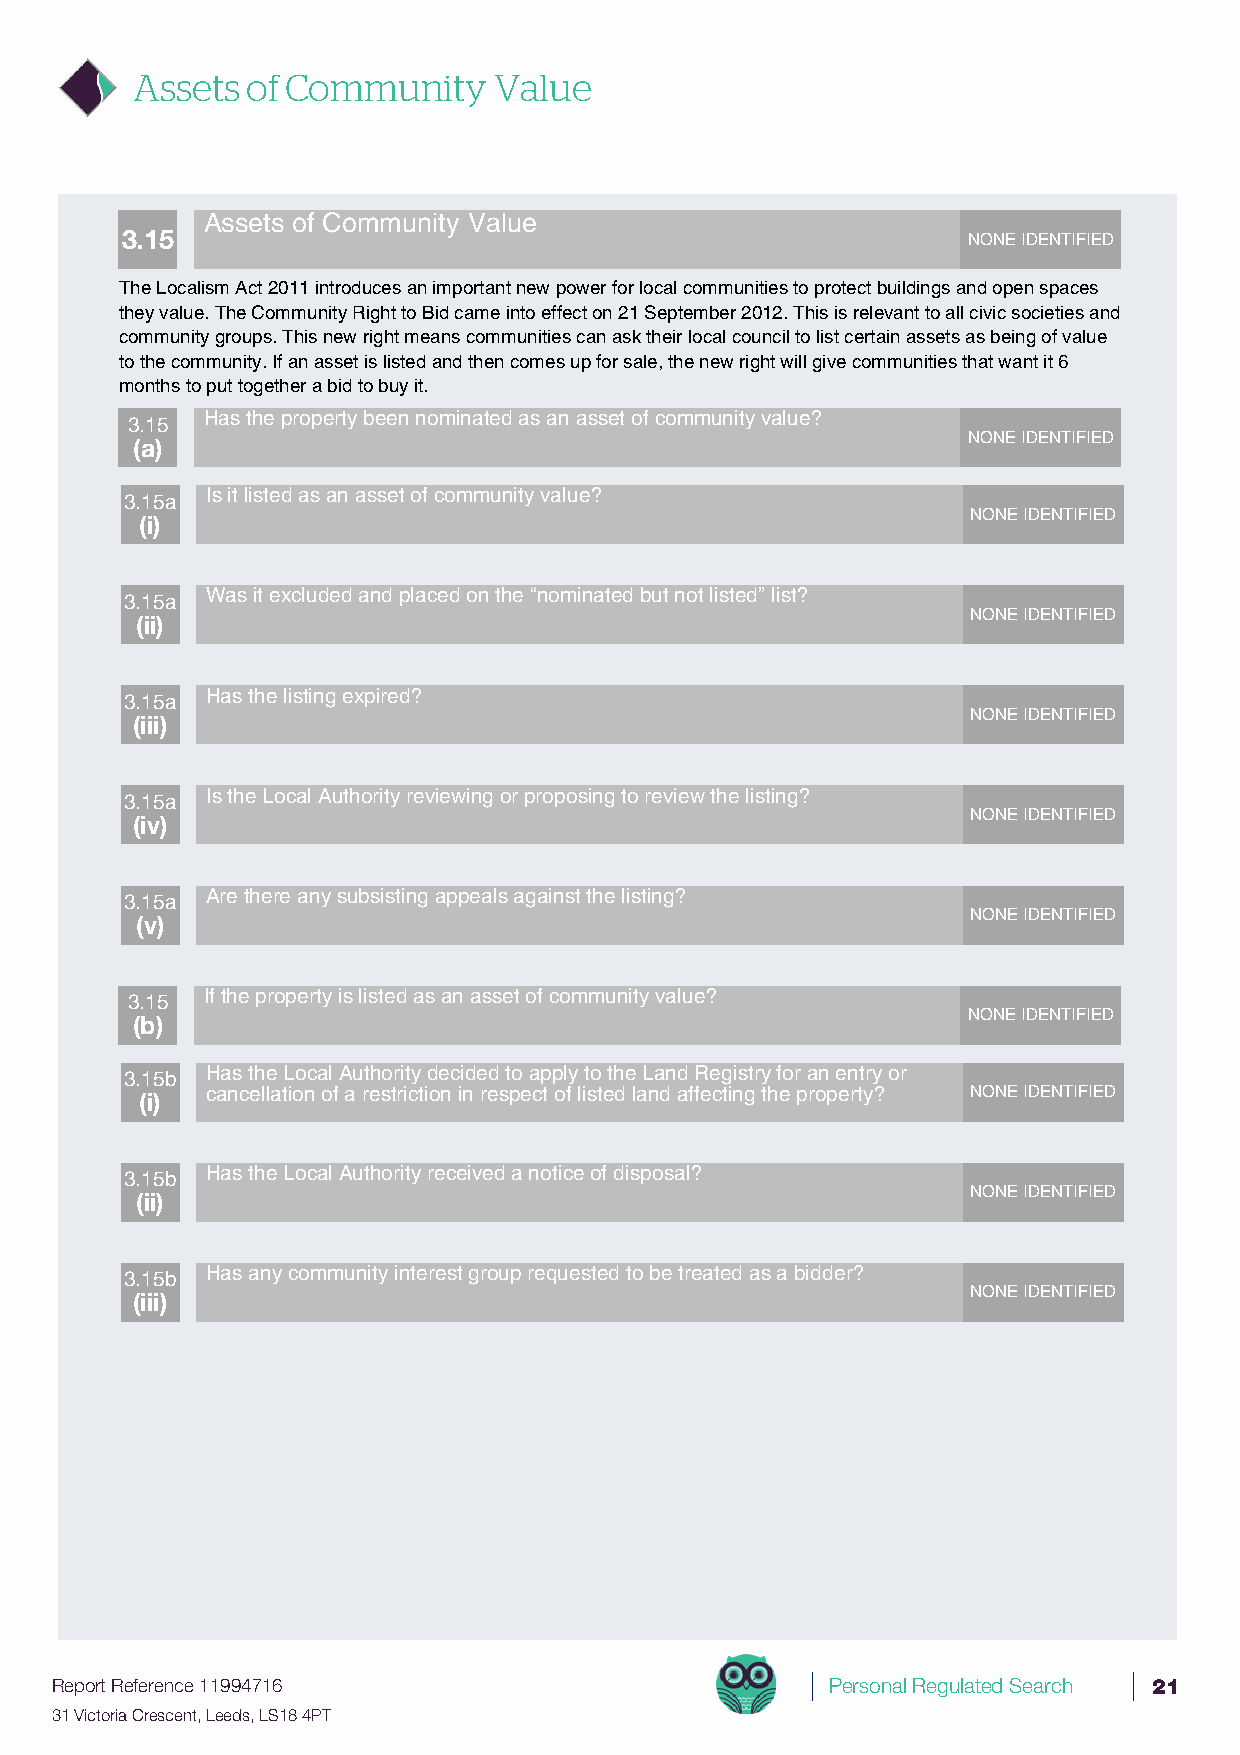
Assets of Community     Value
 Assets of Community Value
 3.15                                                    NONE IDENTIFIED
 The Localism Act 2011 introduces an important new power for local communities to protect buildings and open spaces
 they value. The Community Right to Bid came into effect on 21 September 2012. This is relevant to all civic societies and
 community groups. This new right means communities can ask their local council to list certain assets as being of value
 to the community. If an asset is listed and then comes up for sale, the new right will give communities that want it 6
 months to put together a bid to buy it.
 3.15  Has the property been nominated as an asset of community value?
 NONE IDENTIFIED
 (a)
 3.15a Is it listed as an asset of community value?
 NONE IDENTIFIED
 (i)
 3.15a Was it excluded and placed on the “nominated but not listed” list?
 NONE IDENTIFIED
 (ii)
 3.15a Has the listing expired?
 NONE IDENTIFIED
 (iii)
 3.15a Is the Local Authority reviewing or proposing to review the listing?
 NONE IDENTIFIED
 (iv)
 3.15a Are there any subsisting appeals against the listing?
 NONE IDENTIFIED
 (v)
 3.15  If the property is listed as an asset of community value?
 NONE IDENTIFIED
 (b)
 3.15b Has the Local Authority decided to apply to the Land Registry for an entry or
 cancellation of a restriction in respect of listed land affecting the property? NONE IDENTIFIED
 (i)
 3.15b Has the Local Authority received a notice of disposal?
 NONE IDENTIFIED
 (ii)
 3.15b Has any community interest group requested to be treated as a bidder?
 NONE IDENTIFIED
 (iii)
 Report Reference 11994716                           Personal Regulated Search 21
 31 Victoria Crescent, Leeds, LS18 4PT